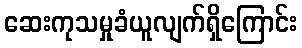
ဆေးကုသမှုခံယူလျက်ရှိကြောင်း